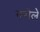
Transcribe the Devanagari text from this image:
नगेले